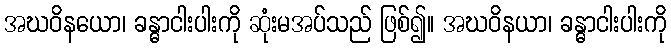
အဃဝိနယော၊ ခန္ဓာငါးပါးကို ဆုံးမအပ်သည် ဖြစ်၍။ အဃဝိနယာ၊ ခန္ဓာငါးပါးကို